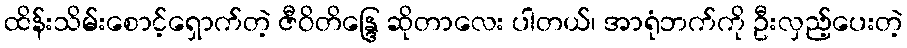
ထိန်းသိမ်းစောင့်ရှောက်တဲ့ ဇီဝိတိန္ဒြေ ဆိုတာလေး ပါတယ်၊ အာရုံဘက်ကို ဦးလှည့်ပေးတဲ့